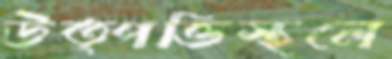
উত্পত্তিস্থলে